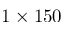
1 \times 1 5 0